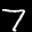
Label: 7